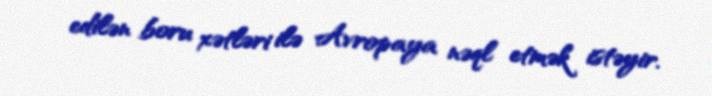
edilən boru xətləri ilə Avropaya nəql etmək istəyir.